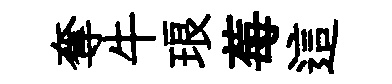
奪牛琅莓這